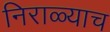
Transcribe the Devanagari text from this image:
निराळ्याच